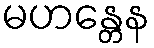
မဟန္တေန